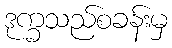
ဒုက္ခသည်စခန်းမှ